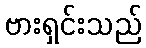
ဗားရှင်းသည်